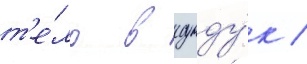
т'е́ло в сунду́к /